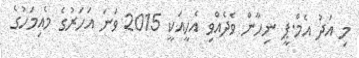
މި އަދު އެމް.ޕީ ނިހާން ވެދެއްވި އެހީއަކީ 2015 ވަނަ އަހަރުގެ މެއިމަހުގެ